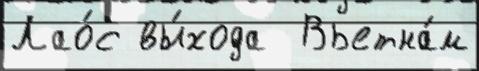
Лао́с вы́хода  Вьетна́м